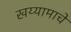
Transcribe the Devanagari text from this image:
खय्यामाचे